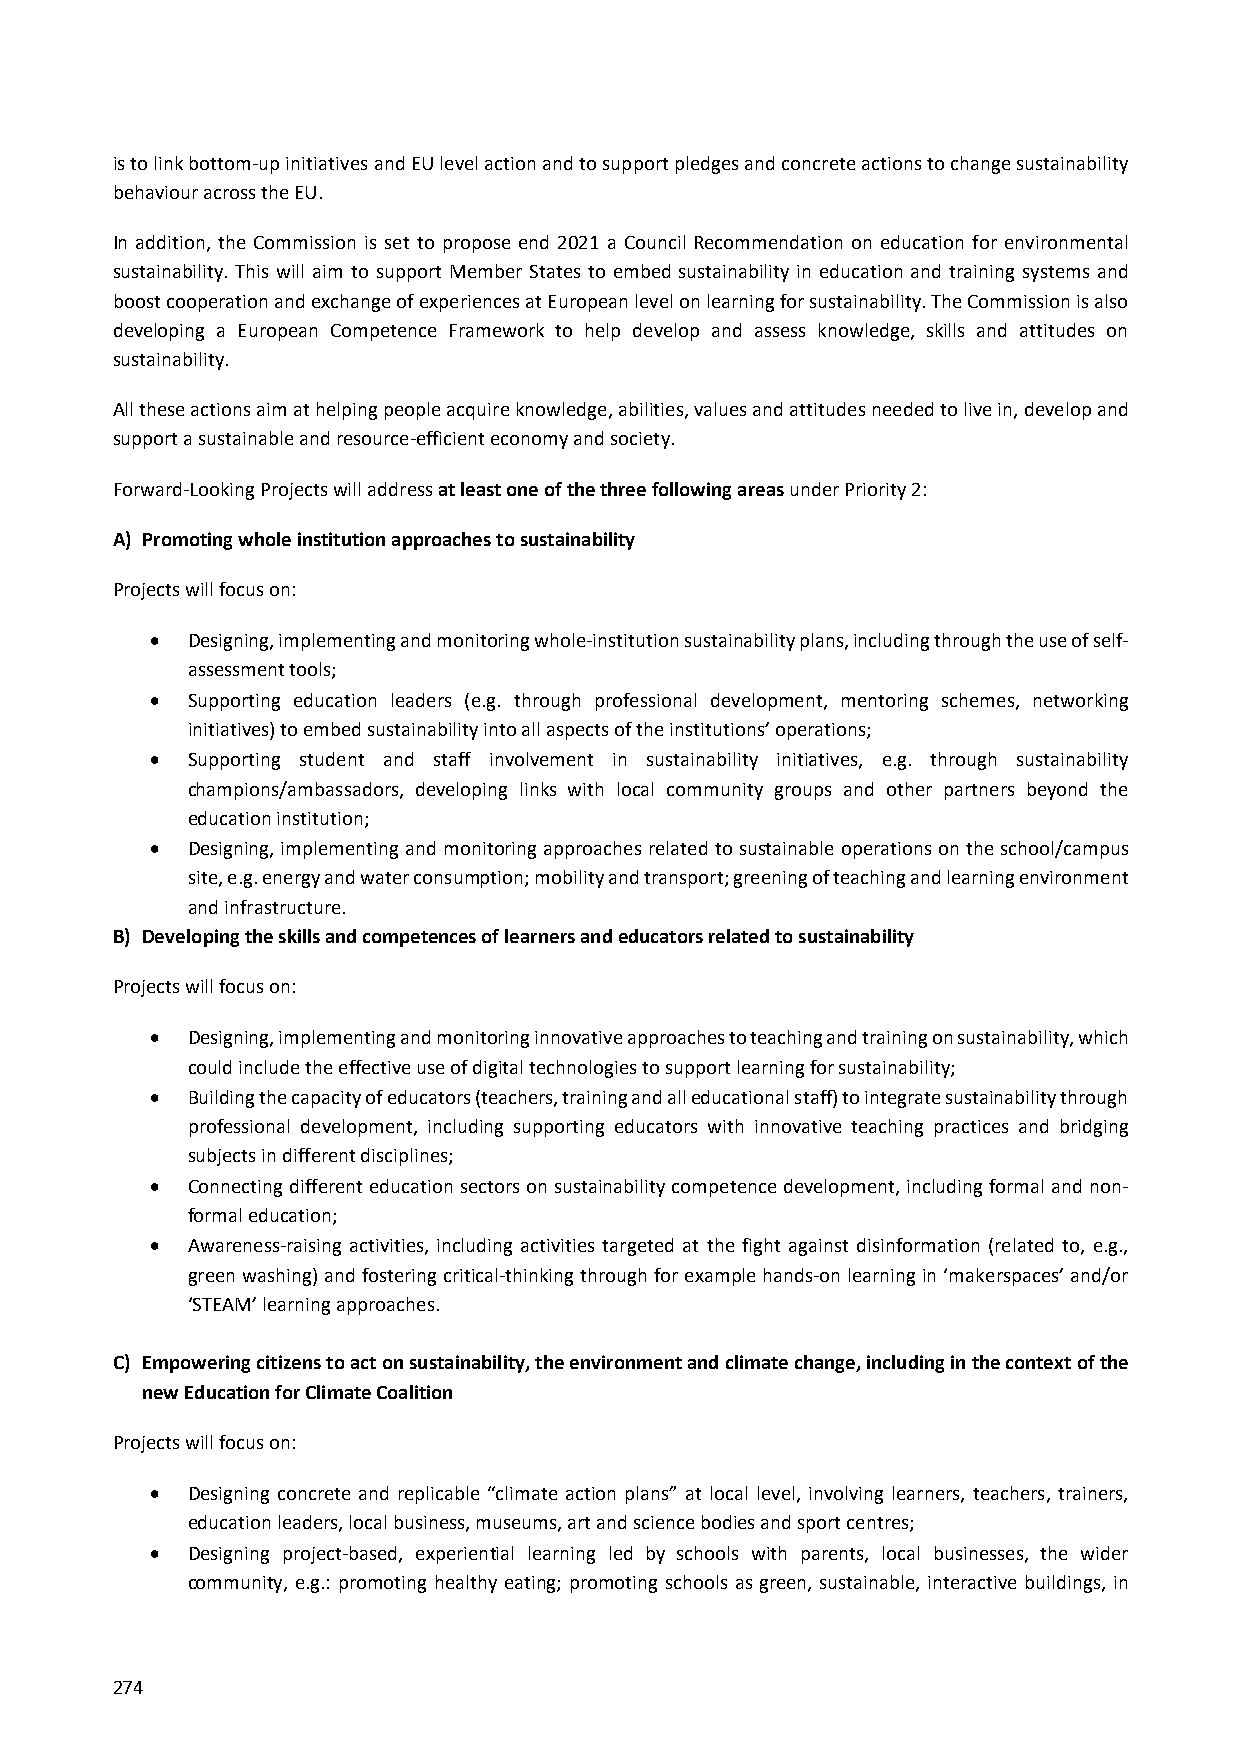
is to link bottom‐up initiatives and EU level action and to support pledges and concrete actions to change sustainability
 behaviour across the EU.
 In addition, the Commission is set to propose end 2021 a Council Recommendation on education for environmental
 sustainability. This will aim to support Member States to embed sustainability in education and training systems and
 boost cooperation and exchange of experiences at European level on learning for sustainability. The Commission is also
 developing a European Competence Framework to help develop and assess knowledge, skills and attitudes on
 sustainability.
 All these actions aim at helping people acquire knowledge, abilities, values and attitudes needed to live in, develop and
 support a sustainable and resource‐efficient economy and society.
 Forward‐Looking Projects will address at least one of the three following areas under Priority 2:
 A) Promoting whole institution approaches to sustainability
 Projects will focus on:
  Designing, implementing and monitoring whole‐institution sustainability plans, including through the use of self‐
 assessment tools;
  Supporting education leaders (e.g. through professional development, mentoring schemes, networking
 initiatives) to embed sustainability into all aspects of the institutions’ operations;
  Supporting student and staff involvement in sustainability initiatives, e.g. through sustainability
 champions/ambassadors, developing links with local community groups and other partners beyond the
 education institution;
  Designing, implementing and monitoring approaches related to sustainable operations on the school/campus
 site, e.g. energy and water consumption; mobility and transport; greening of teaching and learning environment
 and infrastructure.
 B) Developing the skills and competences of learners and educators related to sustainability
 Projects will focus on:
  Designing, implementing and monitoring innovative approaches to teaching and training on sustainability, which
 could include the effective use of digital technologies to support learning for sustainability;
  Building the capacity of educators (teachers, training and all educational staff) to integrate sustainability through
 professional development, including supporting educators with innovative teaching practices and bridging
 subjects in different disciplines;
  Connecting different education sectors on sustainability competence development, including formal and non‐
 formal education;
  Awareness‐raising activities, including activities targeted at the fight against disinformation (related to, e.g.,
 green washing) and fostering critical‐thinking through for example hands‐on learning in ‘makerspaces’ and/or
 ‘STEAM’ learning approaches.
 C) Empowering citizens to act on sustainability, the environment and climate change, including in the context of the
 new Education for Climate Coalition
 Projects will focus on:
  Designing concrete and replicable “climate action plans” at local level, involving learners, teachers, trainers,
 education leaders, local business, museums, art and science bodies and sport centres;
  Designing project‐based, experiential learning led by schools with parents, local businesses, the wider
 community, e.g.: promoting healthy eating; promoting schools as green, sustainable, interactive buildings, in
 274